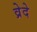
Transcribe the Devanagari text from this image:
व्रेदे